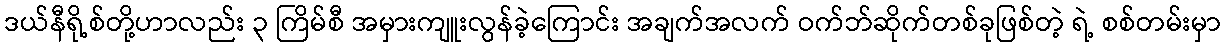
ဒယ်နီရို့စ်တို့ဟာလည်း ၃ ကြိမ်စီ အမှားကျူးလွန်ခဲ့ကြောင်း အချက်အလက် ဝက်ဘ်ဆိုက်တစ်ခုဖြစ်တဲ့ ရဲ့ စစ်တမ်းမှာ